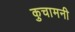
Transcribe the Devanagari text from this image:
कुचामनी